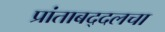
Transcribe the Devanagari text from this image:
प्रांताबद्दलचा